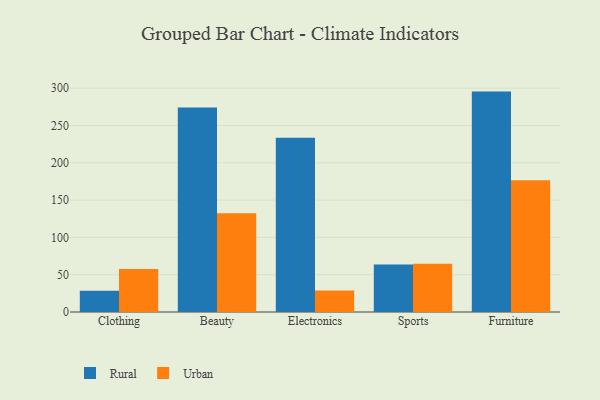
{"axis": {"x": "Category", "y": "Operating Costs (USD K)"}, "legend": ["Rural", "Urban"], "data": [{"x": "Clothing", "y": 28.4, "type": "Rural"}, {"x": "Clothing", "y": 57.5, "type": "Urban"}, {"x": "Beauty", "y": 274.2, "type": "Rural"}, {"x": "Beauty", "y": 132.5, "type": "Urban"}, {"x": "Electronics", "y": 233.5, "type": "Rural"}, {"x": "Electronics", "y": 28.8, "type": "Urban"}, {"x": "Sports", "y": 63.5, "type": "Rural"}, {"x": "Sports", "y": 64.8, "type": "Urban"}, {"x": "Furniture", "y": 295.4, "type": "Rural"}, {"x": "Furniture", "y": 176.5, "type": "Urban"}]}